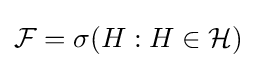
{\mathcal {F}}=\sigma (H:H\in {\mathcal {H}})